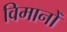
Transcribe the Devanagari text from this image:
विमानोँ